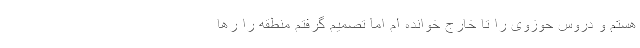
هستم و دروس حوزوی را تا خارج خوانده ام اما تصمیم گرفتم منطقه را رها